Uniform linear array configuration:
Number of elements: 32
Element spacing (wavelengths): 0.5
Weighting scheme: exponential
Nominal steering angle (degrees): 0
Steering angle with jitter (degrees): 0.9645
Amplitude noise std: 0.05
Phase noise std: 0.05

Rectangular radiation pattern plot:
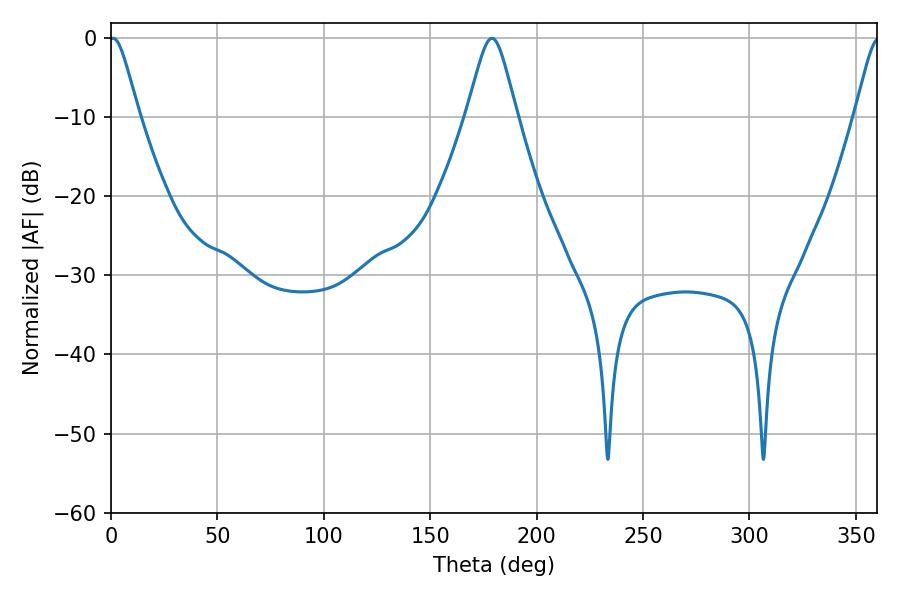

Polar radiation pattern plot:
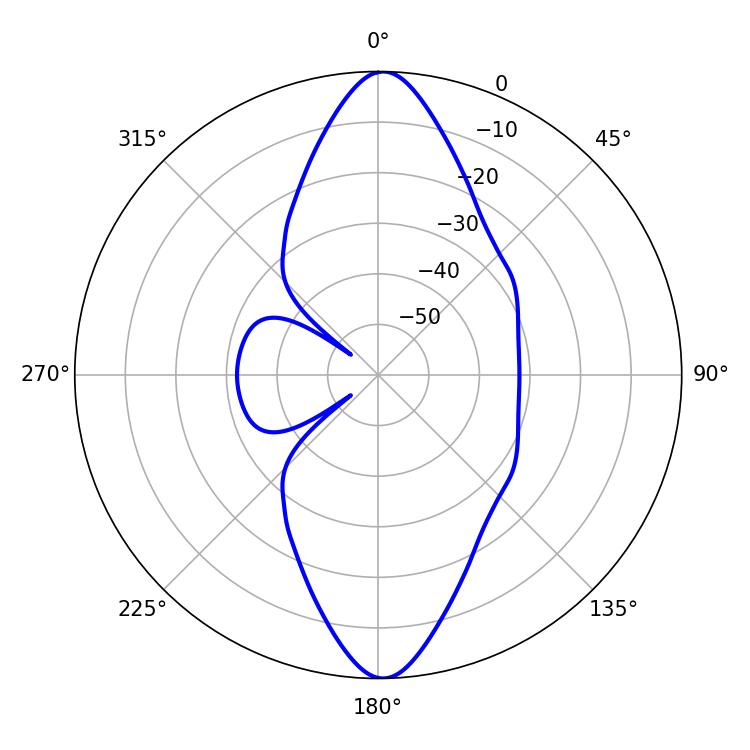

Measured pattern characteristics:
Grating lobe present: FALSE
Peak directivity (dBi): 22.165
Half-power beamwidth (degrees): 6.66
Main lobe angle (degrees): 1.08